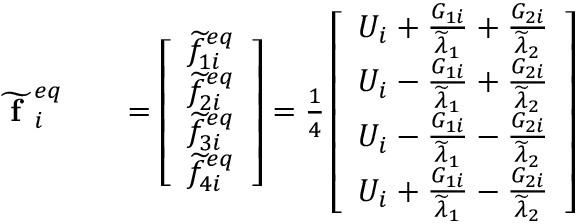
\begin{array} { r l r } { \widetilde { \textbf { f } } _ { i } ^ { e q } } & { { } } & { = \left[ \begin{array} { l } { \widetilde { f } _ { 1 i } ^ { e q } } \\ { \widetilde { f } _ { 2 i } ^ { e q } } \\ { \widetilde { f } _ { 3 i } ^ { e q } } \\ { \widetilde { f } _ { 4 i } ^ { e q } } \end{array} \right] = \frac { 1 } { 4 } \left[ \begin{array} { l } { U _ { i } + \frac { G _ { 1 i } } { \widetilde { \lambda } _ { 1 } } + \frac { G _ { 2 i } } { \widetilde { \lambda } _ { 2 } } } \\ { U _ { i } - \frac { G _ { 1 i } } { \widetilde { \lambda } _ { 1 } } + \frac { G _ { 2 i } } { \widetilde { \lambda } _ { 2 } } } \\ { U _ { i } - \frac { G _ { 1 i } } { \widetilde { \lambda } _ { 1 } } - \frac { G _ { 2 i } } { \widetilde { \lambda } _ { 2 } } } \\ { U _ { i } + \frac { G _ { 1 i } } { \widetilde { \lambda } _ { 1 } } - \frac { G _ { 2 i } } { \widetilde { \lambda } _ { 2 } } } \end{array} \right] } \end{array}